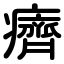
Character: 癠